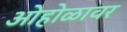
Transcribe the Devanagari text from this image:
ओहोळावर